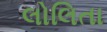
લોલિતા